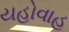
યહોવાહ